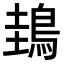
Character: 䳏